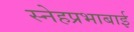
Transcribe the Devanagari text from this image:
स्नेहप्रभाबाई